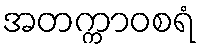
အတက္ကာဝစရံ